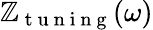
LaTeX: \mathbb{Z}_{\mathrm{{~t~u~n~i~n~g~}}}(\omega)